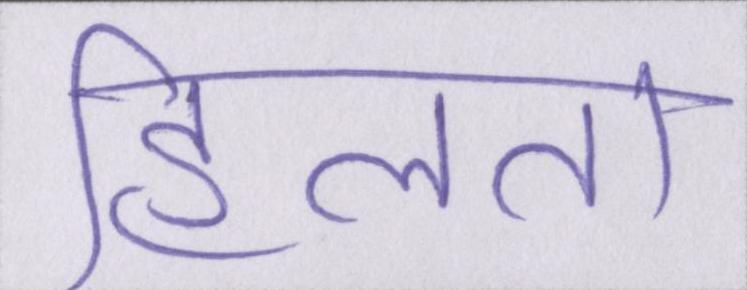
हिलता